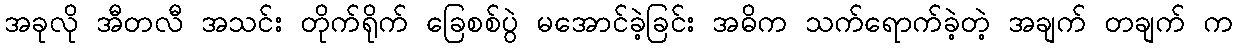
အခုလို အီတလီ အသင်း တိုက်ရိုက် ခြေစစ်ပွဲ မအောင်ခဲ့ခြင်း အဓိက သက်ရောက်ခဲ့တဲ့ အချက် တချက် က